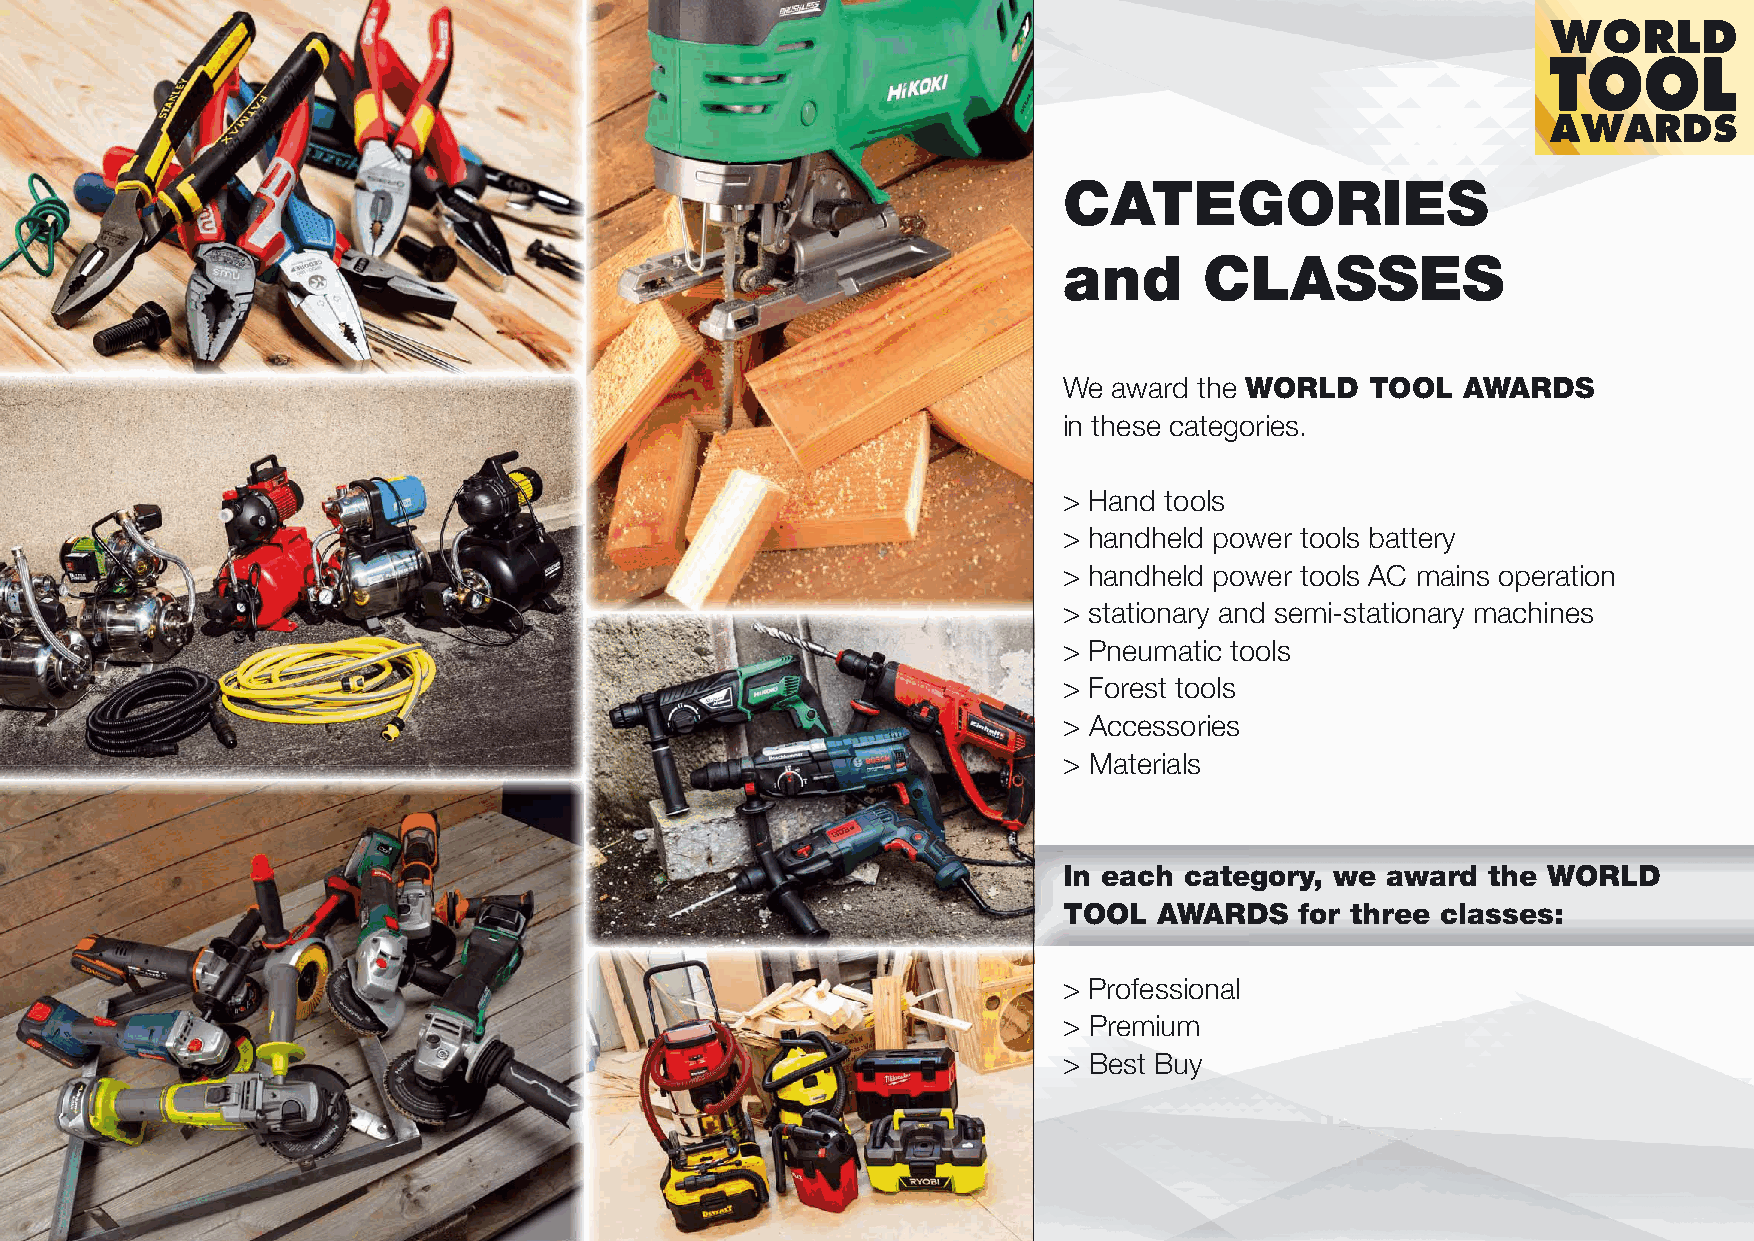
WORLD
 TOOL
 AWARDS
 CATEGORIES
 and       CLASSES
 We  award the WORLD  TOOL  AWARDS
 in these categories.
 > Hand tools
 > handheld power tools battery
 > handheld power tools AC mains operation
 > stationary and semi-stationary machines
 > Pneumatic tools
 > Forest tools
 > Accessories
 > Materials
 In each category, we  award  the WORLD
 TOOL   AWARDS   for three classes:
 > Professional
 > Premium
 > Best Buy